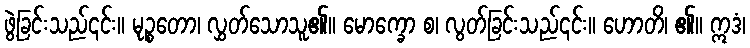
ဖွဲ့ခြင်းသည်၎င်း။ မုဉ္စတော၊ လွှတ်သောသူ၏။ မောက္ခော စ၊ လွတ်ခြင်းသည်၎င်း။ ဟောတိ၊ ၏။ ဣဒံ၊